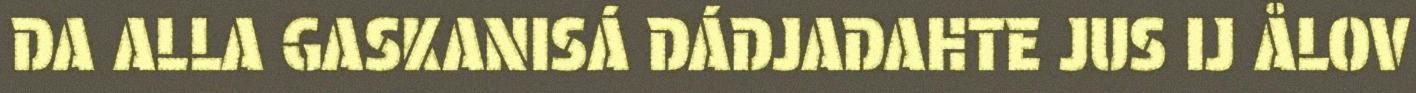
DA ALLA GASKANISÁ DÁDJADAHTE JUS IJ ÅLOV